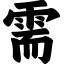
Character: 需